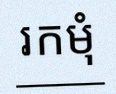
រកមុំ